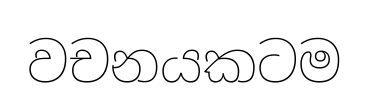
වචනයකටම